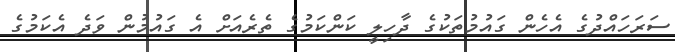
ސަރަހައްދުގެ އެހެން ގައުމުތަކުގެ ދާހިލީ ކަންކަމުގެ ތެރެއަށް އެ ގައުމުން ވަދެ އެކަމުގެ